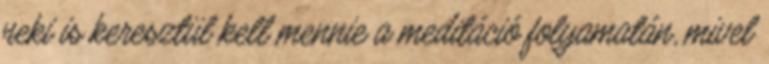
neki is keresztül kell mennie a meditáció folyamatán, mivel